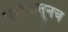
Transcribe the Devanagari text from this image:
पर्यायातूनच